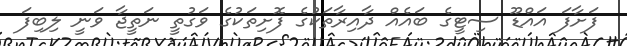
ފަށާފަ އައްޑޫ ސިޓީގެ ބައެއް ދާއިރާތަކުގެ ފޮށިތަކުގެ ވަގުތީ ނަތީޖާ ވަނީ ލިބިފަ